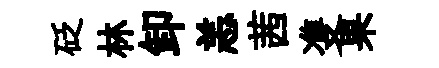
砭林卸恙茜㕠果